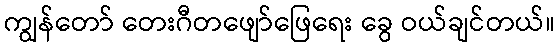
ကျွန်တော် တေးဂီတဖျော်ဖြေရေး ခွေ ဝယ်ချင်တယ်။